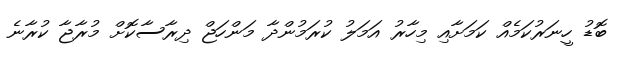
ބޮޑު ހީނަރުކަމެއް ކަމަށާއި މިހާރު އަމަލު ކުރަމުންދާ މަންހަޖް ދިރާސާކޮށް މުރާޖާ ކުރާނެ